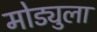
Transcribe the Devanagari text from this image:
मोड्युला